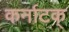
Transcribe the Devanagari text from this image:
कर्नाटक्